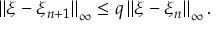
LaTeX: \left\| \xi - \xi _ { n + 1 } \right\| _ { \infty } \leq q \left\| \xi - \xi _ { n } \right\| _ { \infty } .